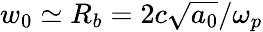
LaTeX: w_{0}\simeq R_{b}=2c\sqrt{a_{0}}/\omega_{p}